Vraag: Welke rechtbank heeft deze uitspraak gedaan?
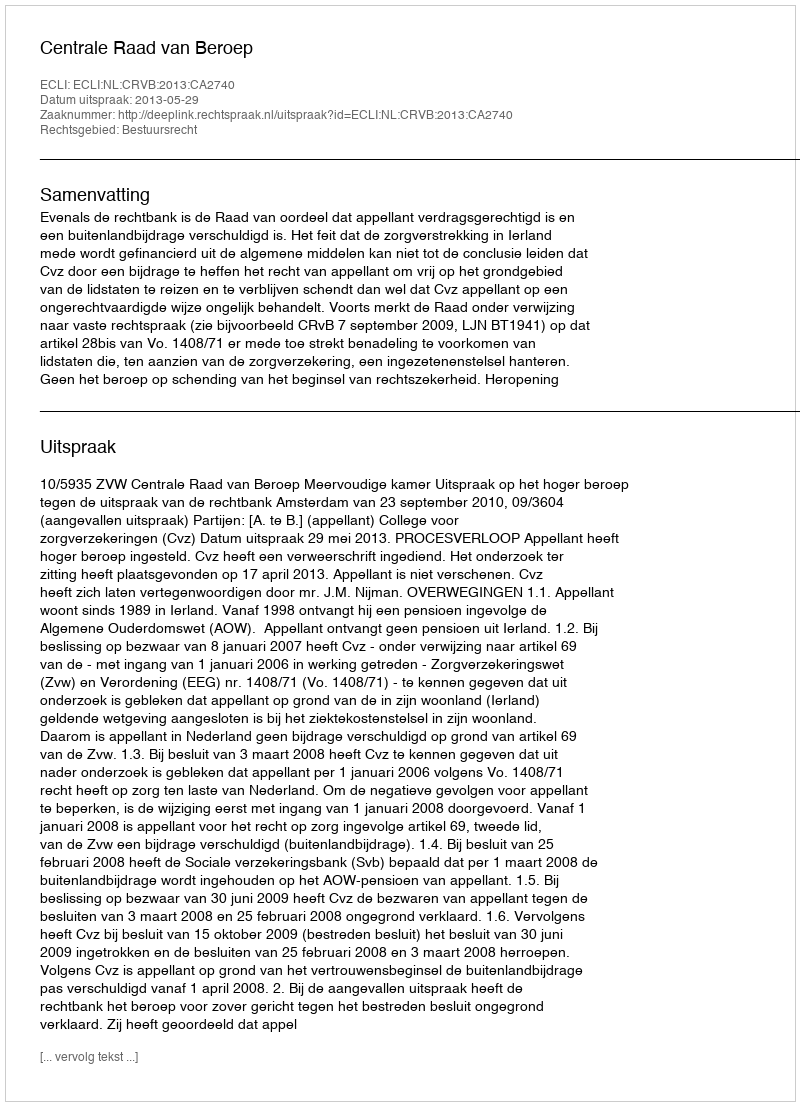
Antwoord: Centrale Raad van Beroep